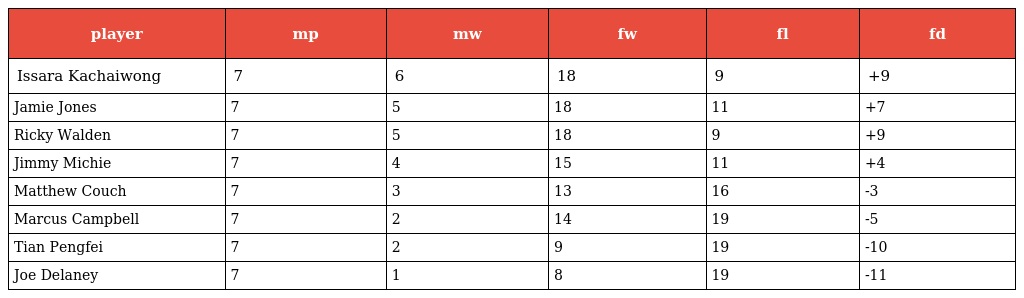
| player | mp | mw | fw | fl | fd |
 | --- | --- | --- | --- | --- | --- |
 | Issara Kachaiwong | 7 | 6 | 18 | 9 | +9 |
 | Jamie Jones | 7 | 5 | 18 | 11 | +7 |
 | Ricky Walden | 7 | 5 | 18 | 9 | +9 |
 | Jimmy Michie | 7 | 4 | 15 | 11 | +4 |
 | Matthew Couch | 7 | 3 | 13 | 16 | -3 |
 | Marcus Campbell | 7 | 2 | 14 | 19 | -5 |
 | Tian Pengfei | 7 | 2 | 9 | 19 | -10 |
 | Joe Delaney | 7 | 1 | 8 | 19 | -11 |